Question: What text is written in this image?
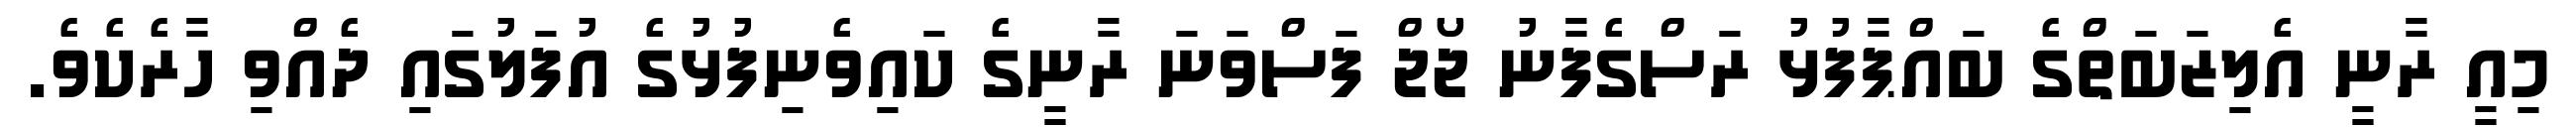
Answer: މިއީ ރާނީ އެލިޒަބަތްގެ ބައްޕާފުޅު ރަސްގެފާނު ޖޯޖް ފަސްވަނަ ރާނީގެ ކައިވެނިފުޅުގެ އުފަލުގައި ދެއްވި ހާރެކެވެ.